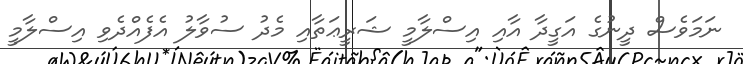
ނަމަވެސް ދީނުގެ އަގީދާ އާއި އިސްލާމީ ޝަރީޢަތާއި މެދު ސުވާލު އެފެއްދެވި އިސްލާމީ